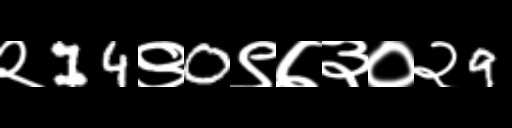
Text: २14९0९७३०२9